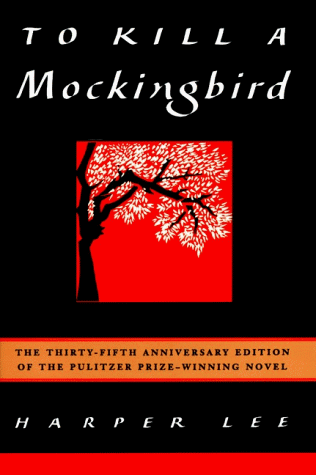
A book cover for To Kill a Mockingbird; Harper Lee; Teen & Young Adult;